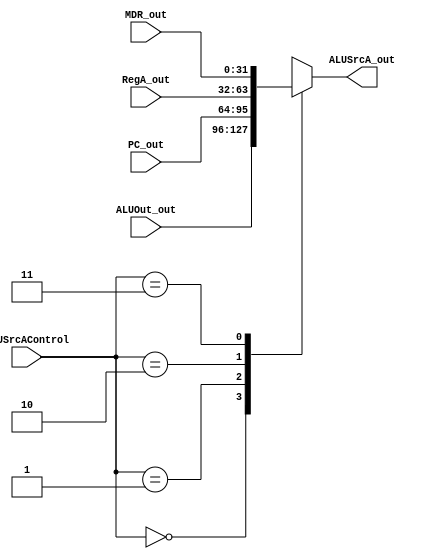
module ALUSrcA_( 
    input wire [1:0] ALUSrcAControl, /* Entrada de controle */
	input wire [31:0] ALUOut_out,
    input wire [31:0] PC_out,   /* PC */
    input wire [31:0] RegA_out,   /* reg A */
    input wire [31:0] MDR_out,   /* addm */
    output reg [31:0] ALUSrcA_out   /* Sada selecionada pelo multiplexador */
);
  
always @(*) begin
    case (ALUSrcAControl) 
         /* Verifica o valor do seletor */
	    2'b00: ALUSrcA_out = ALUOut_out;
        2'b01: ALUSrcA_out = PC_out; /* Seletor = 2'b00, seleciona input1 (PC) */
        2'b10: ALUSrcA_out = RegA_out; /* Seletor = 2'b10, seleciona input3 (reg A) */
        2'b11: ALUSrcA_out = MDR_out; /* Seletor = 2'b01, seleciona input2 (addm) */
	
        endcase
end

endmodule